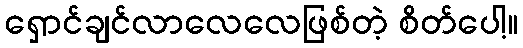
ရှောင်ချင်လာလေလေဖြစ်တဲ့ စိတ်ပေါ့။